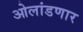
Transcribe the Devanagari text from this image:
ओलांडणार